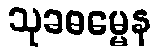
သုခဓမ္မေန